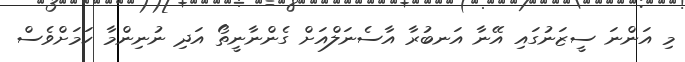
މި އަންނަ ސީޒަނުގައި އޭނާ އަނބުރާ އާސެނަލްއަށް ގެންނާނީތޯ އަދި ނުނިންމާ ކަމަށްވެސް